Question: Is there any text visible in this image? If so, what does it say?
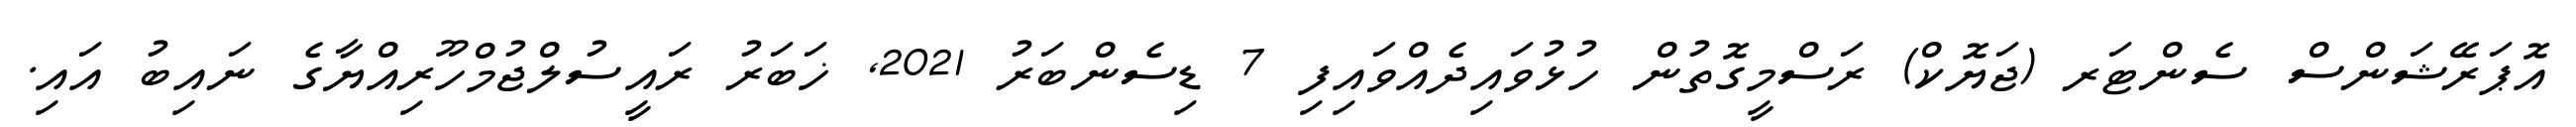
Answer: އޮޕަރޭޝަންސް ސެންޓަރ (ޖަޔޮކް) ރަސްމީގޮތުން ހުޅުވައިދެއްވައިފި 7 ޑިސެންބަރު 2021, ޚަބަރު ރައީސުލްޖުމްހޫރިއްޔާގެ ނައިބު އައި.